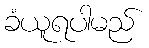
ခံယူရပါမည်